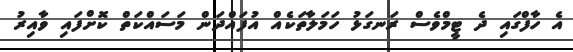
އެ ހާފްގައި ދެ ޓީމްވެސް ރަނގަޅު ހަމަލާތަކެއް އުފައްދަން މަސައްކަތް ކޮށްފައި ވާއިރު